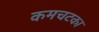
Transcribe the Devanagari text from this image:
कमचटका